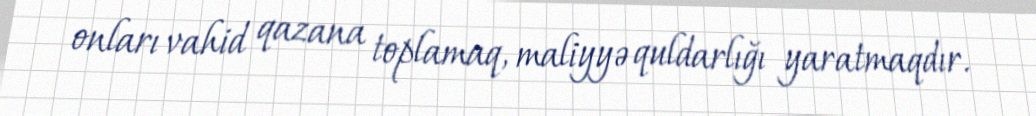
onları vahid qazana toplamaq, maliyyə quldarlığı yaratmaqdır.